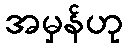
အမှန်ဟု